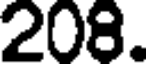
208.